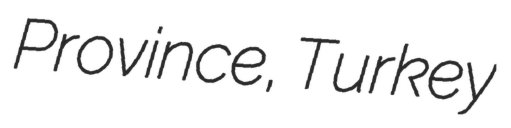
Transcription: Province, Turkey